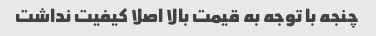
چنجه با توجه به قیمت بالا اصلا کیفیت نداشت